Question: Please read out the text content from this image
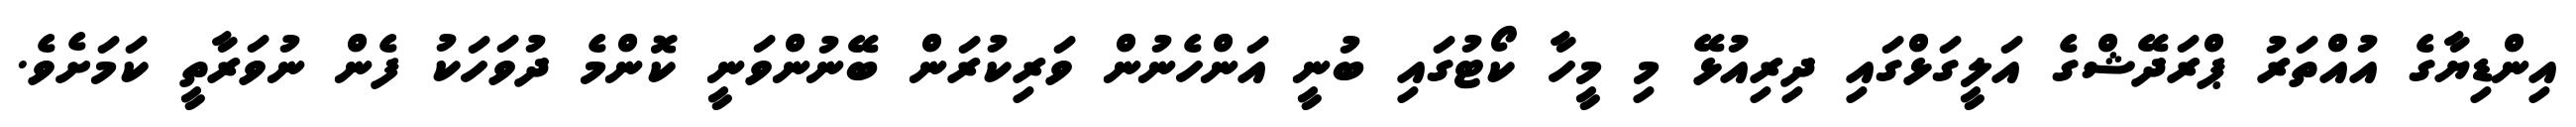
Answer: އިންޑިޔާގެ އުއްތަރު ޕްރަދޭޝްގެ އަލީގަޅްގައި ދިރިއުޅޭ މި މީހާ ކޯޓުގައި ބުނީ އަންހެނުން ވަރިކުރަން ބޭނުންވަނީ ކޮންމެ ދުވަހަކު ފެން ނުވަރާތީ ކަމަށެވެ.